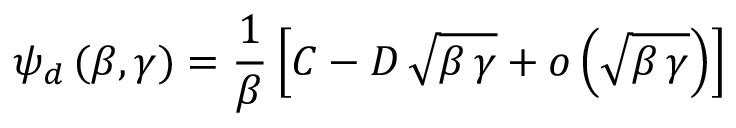
\psi _ { d } \, ( \beta , \gamma ) = \frac { 1 } { \beta } \left[ C - D \, \sqrt { \beta \, \gamma } + o \left( \sqrt { \beta \, \gamma } \right) \right]